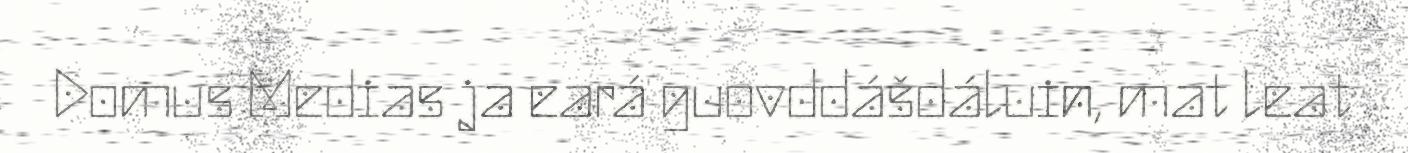
Domus Medias ja eará guovddášdáluin, mat leat